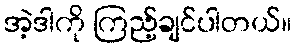
အဲ့ဒါကို ကြည့်ချင်ပါတယ်။